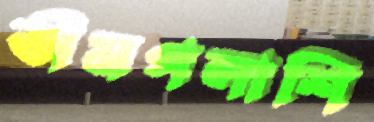
ভীমপলাশি